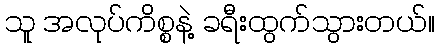
သူ အလုပ်ကိစ္စနဲ့ ခရီးထွက်သွားတယ်။